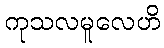
ကုသလမူလေဟိ